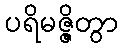
ပရိမဇ္ဇိတွာ